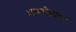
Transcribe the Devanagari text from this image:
भावगीताचा